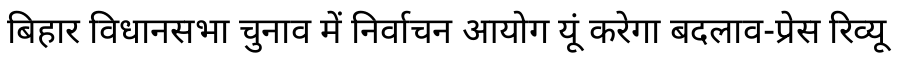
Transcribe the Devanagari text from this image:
बिहार विधानसभा चुनाव में निर्वाचन आयोग यूं करेगा बदलाव-प्रेस रिव्यू